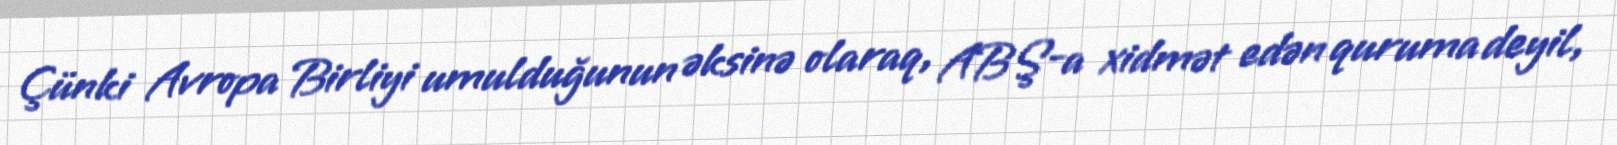
Çünki Avropa Birliyi umulduğunun əksinə olaraq, ABŞ-a xidmət edən quruma deyil,